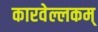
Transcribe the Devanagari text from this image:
कारवेल्लकम्‌